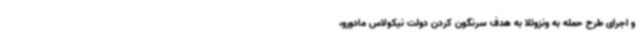
و اجرای طرح حمله به ونزوئلا به هدف سرنگون کردن دولت نیکولاس مادورو،